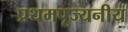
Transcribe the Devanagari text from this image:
प्रथमपूज्यनीय